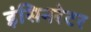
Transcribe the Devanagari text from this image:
इंसिनरेटर